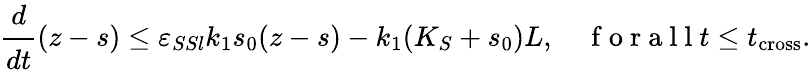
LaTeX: \cfrac{d}{dt}(z-s)\leq\varepsilon_{SSl}k_{1}s_{0}(z-s)-k_{1}(K_{S}+s_{0})L,\quad\mathrm{~f~o~r~a~l~l~}t\leq t_{\mathrm{cross}}.